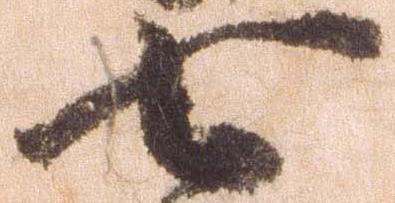
七